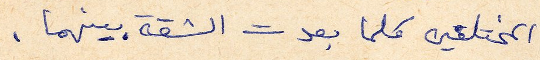
المختلقين كلما بعدت الثقة بينهما.